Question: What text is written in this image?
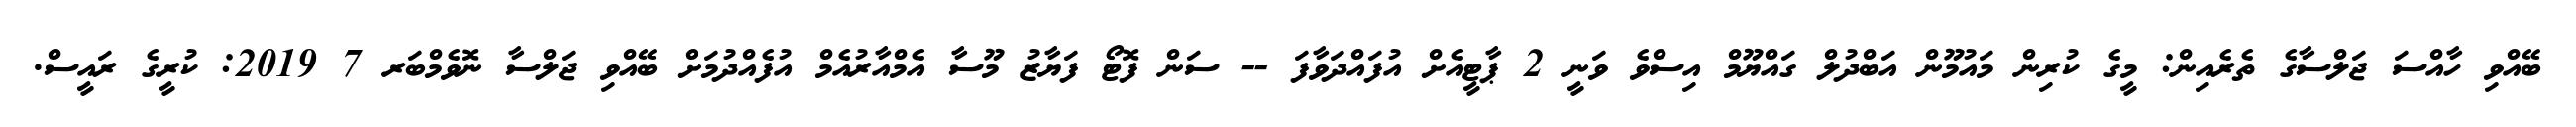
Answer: ބޭއްވި ހާއްސަ ޖަލްސާގެ ތެރެއިން: މީގެ ކުރިން މައުމޫން އަބްދުލް ގައްޔޫމް އިސްވެ ވަނީ 2 ޕާޓީއެށް އުފައްދަވާފަ -- ސަން ފޮޓޯ ފަޔާޒު މޫސާ އެމްއާރުއެމް އުފެއްދުމަށް ބޭއްވި ޖަލްސާ ނޮވެމްބަރ 7 2019: ކުރީގެ ރައީސް.